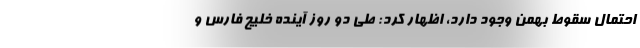
احتمال سقوط بهمن وجود دارد، اظهار کرد: طی دو روز آینده خلیج فارس و